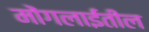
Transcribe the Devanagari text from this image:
मोंगलाईंतील